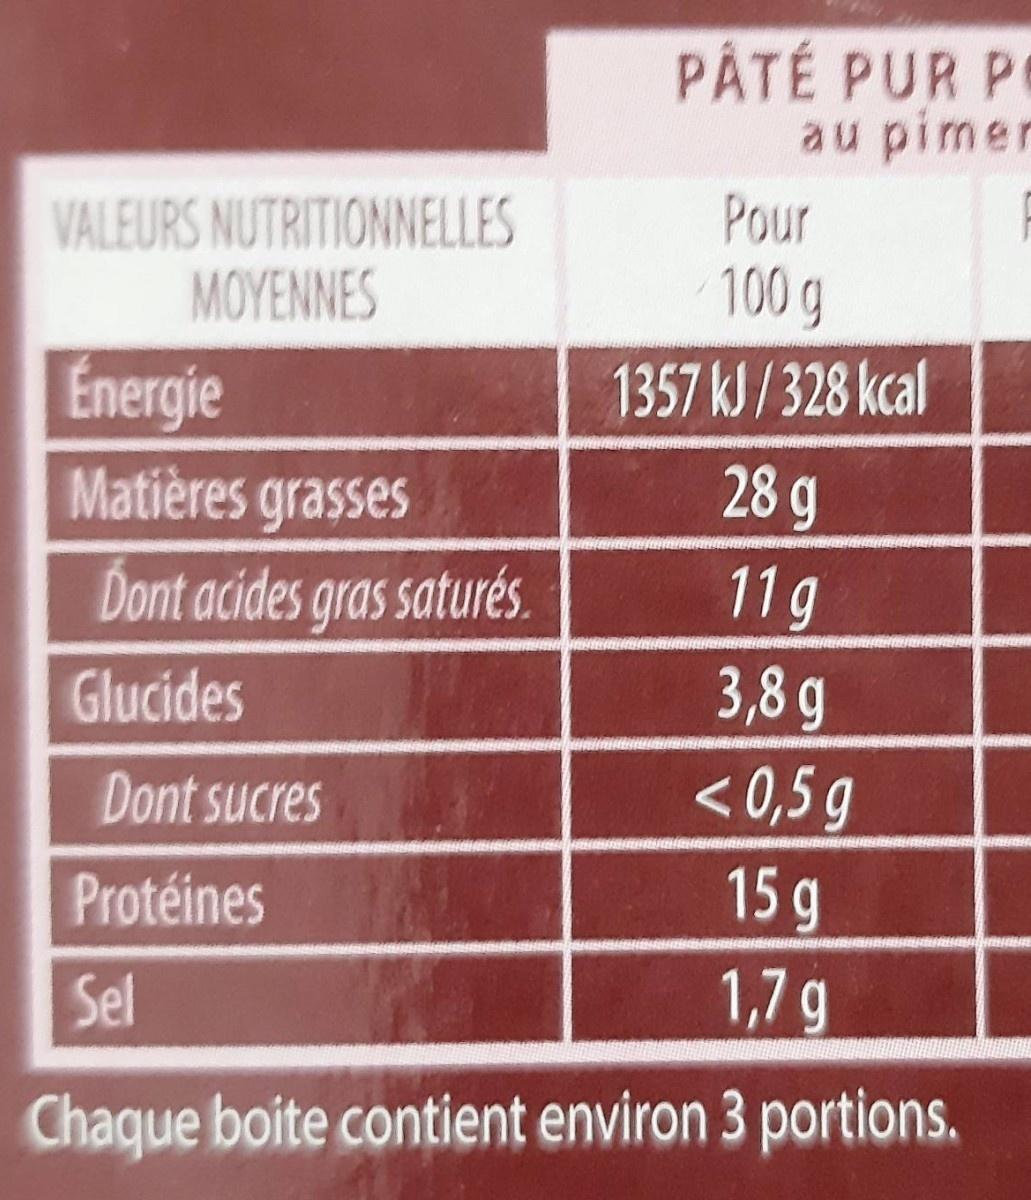
PÂTÉ PUR PO au pimer Pour VALEURS NUTRITIONNELLES MOYENNES 100 g Energie 1357 kJ/328 kcal Matières grasses 28 g Dont acides gras saturés. 11g 3,8 g Glucides Dont sucres < 0,5 g Protéines 15 g Sel 1,7g Chaque boite contient environ 3 portions.